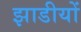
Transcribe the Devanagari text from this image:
झाडीयों